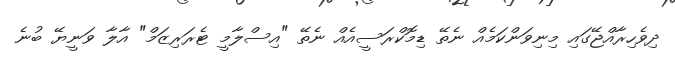
ދިވެހިރާއްޖޭގައި މިނިވަންކަމެއް ނެތޭ ޑިމޮކްރަސީއެއް ނެތޭ "އިސްލާމީ ޓެރަރިޒަމް" އާލާ ވަނީޔޭ ބުނެ